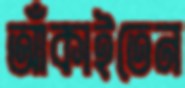
আঁকাইতেন